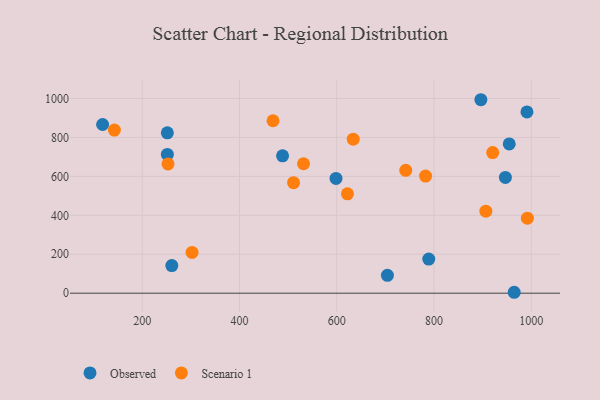
{"axis": {"x": "Ad Spend", "y": "Sales"}, "legend": ["Observed", "Scenario 1"], "data": [{"x": "964.9", "y": 4.7, "type": "Observed"}, {"x": "488.6", "y": 705.5, "type": "Observed"}, {"x": "954.7", "y": 766.5, "type": "Observed"}, {"x": "251.7", "y": 823.8, "type": "Observed"}, {"x": "251.7", "y": 712.8, "type": "Observed"}, {"x": "598.5", "y": 589.3, "type": "Observed"}, {"x": "704.2", "y": 91.7, "type": "Observed"}, {"x": "789.2", "y": 175.3, "type": "Observed"}, {"x": "896.4", "y": 993.6, "type": "Observed"}, {"x": "118.6", "y": 866.4, "type": "Observed"}, {"x": "991.1", "y": 931.1, "type": "Observed"}, {"x": "946.8", "y": 594.7, "type": "Observed"}, {"x": "260.9", "y": 141.8, "type": "Observed"}, {"x": "253.1", "y": 663.9, "type": "Scenario 1"}, {"x": "906.6", "y": 421.3, "type": "Scenario 1"}, {"x": "920.7", "y": 722.1, "type": "Scenario 1"}, {"x": "622.0", "y": 510.5, "type": "Scenario 1"}, {"x": "511.2", "y": 567.4, "type": "Scenario 1"}, {"x": "633.9", "y": 790.9, "type": "Scenario 1"}, {"x": "992.0", "y": 385.2, "type": "Scenario 1"}, {"x": "531.7", "y": 664.7, "type": "Scenario 1"}, {"x": "741.9", "y": 631.0, "type": "Scenario 1"}, {"x": "469.0", "y": 885.5, "type": "Scenario 1"}, {"x": "142.8", "y": 837.8, "type": "Scenario 1"}, {"x": "302.5", "y": 209.3, "type": "Scenario 1"}, {"x": "782.6", "y": 601.7, "type": "Scenario 1"}]}